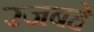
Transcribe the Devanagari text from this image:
रजबहे